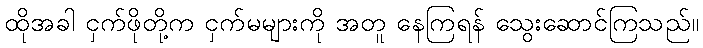
ထိုအခါ ငှက်ဖိုတို့က ငှက်မများကို အတူ နေကြရန် သွေးဆောင်ကြသည်။